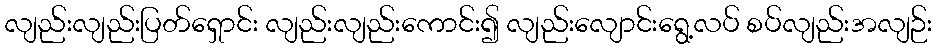
လျည်းလျည်းပြတ်ရှောင်း လျည်းလျည်းကောင်း၍ လျည်းလျောင်းရွေ့လပ် စပ်လျည်းအလျဉ်း